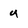
Character: u